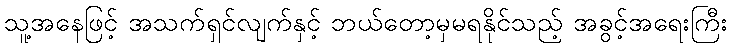
သူ့အနေဖြင့် အသက်ရှင်လျက်နှင့် ဘယ်တော့မှမရနိုင်သည့် အခွင့်အရေးကြီး